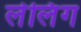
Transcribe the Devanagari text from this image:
लेलिंग